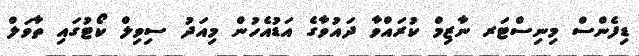
ޑިފެންސް މިނިސްޓަރ ނާޒިމް ކުރައްވާ ދައުވާގެ އަޑުއެހުން މިއަދު ސިވިލް ކޯޓުގައި ތާވަލް